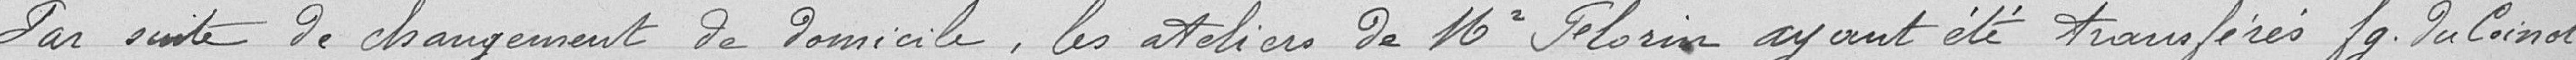
par suite de changement de domicile, les ateliers de Monsieur FLORIN ayant été transférés faubourg du Coinot